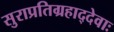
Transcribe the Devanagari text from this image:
सुराप्रतिग्रहाद्देवाः